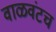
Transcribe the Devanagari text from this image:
वाळवंटच